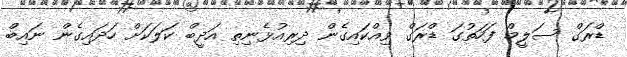
ޑްރަގް ސަލީމް ފަހަތުގަ ޑްރަގް ވިއްކައިގެން ދިރިއުޅެނިތި އަދީބް ކަލަކަށް ހަދައިގެން ނައިބް